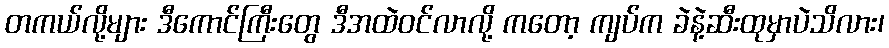
တကယ်လို့များ ဒီကောင်ကြီးတွေ ဒီအထဲဝင်လာလို့ ကတော့ ကျပ်က ခဲနဲ့ဆီးထုမှာပဲသိလား၊